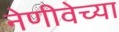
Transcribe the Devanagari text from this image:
नेणीवेच्या